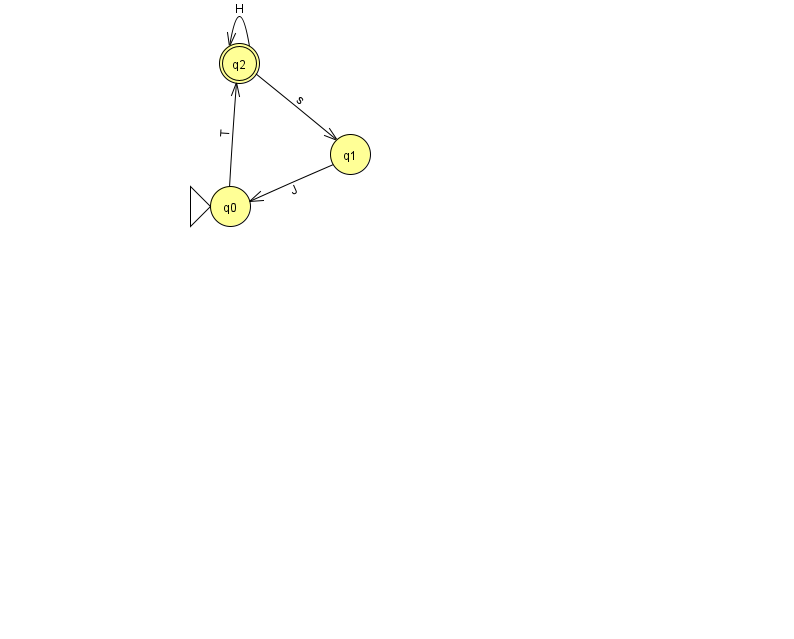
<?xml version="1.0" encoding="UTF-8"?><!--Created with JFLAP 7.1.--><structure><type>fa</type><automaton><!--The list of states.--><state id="0" name="q0"><x>230.0</x><y>193.0</y><initial/></state><state id="1" name="q1"><x>350.0</x><y>141.0</y></state><state id="2" name="q2"><x>239.0</x><y>50.0</y><final/></state><!--The list of transitions.--><transition><from>2</from><to>1</to><read>s</read></transition><transition><from>0</from><to>2</to><read>T</read></transition><transition><from>2</from><to>2</to><read>H</read></transition><transition><from>1</from><to>0</to><read>J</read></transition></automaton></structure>